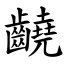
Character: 䶧